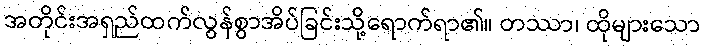
အတိုင်းအရှည်ထက်လွန်စွာအိပ်ခြင်းသို့ရောက်ရာ၏။ တဿာ၊ ထိုများသော